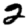
Digit: 2